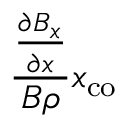
\frac { \frac { \partial B _ { x } } { \partial x } } { B \rho } x _ { \mathrm { c o } }